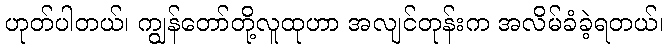
ဟုတ်ပါတယ်၊ ကျွန်တော်တို့လူထုဟာ အလျင်တုန်းက အလိမ်ခံခဲ့ရတယ်၊